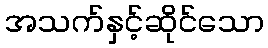
အသက်နှင့်ဆိုင်သော